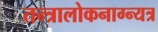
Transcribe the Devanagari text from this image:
तन्त्रालोकनाग्न्यत्र